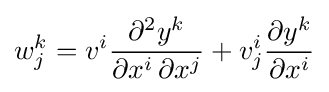
w_{j}^{k}=v^{i}{\frac {\partial ^{2}y^{k}}{\partial x^{i}\,\partial x^{j}}}+v_{j}^{i}{\frac {\partial y^{k}}{\partial x^{i}}}